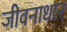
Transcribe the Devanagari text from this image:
जीवनाधार